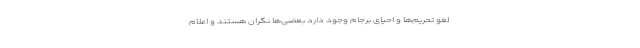
لغو تحریم‌ها و احیای برجام وجود دارد بعضی‌ها نگران هستند و اعلام